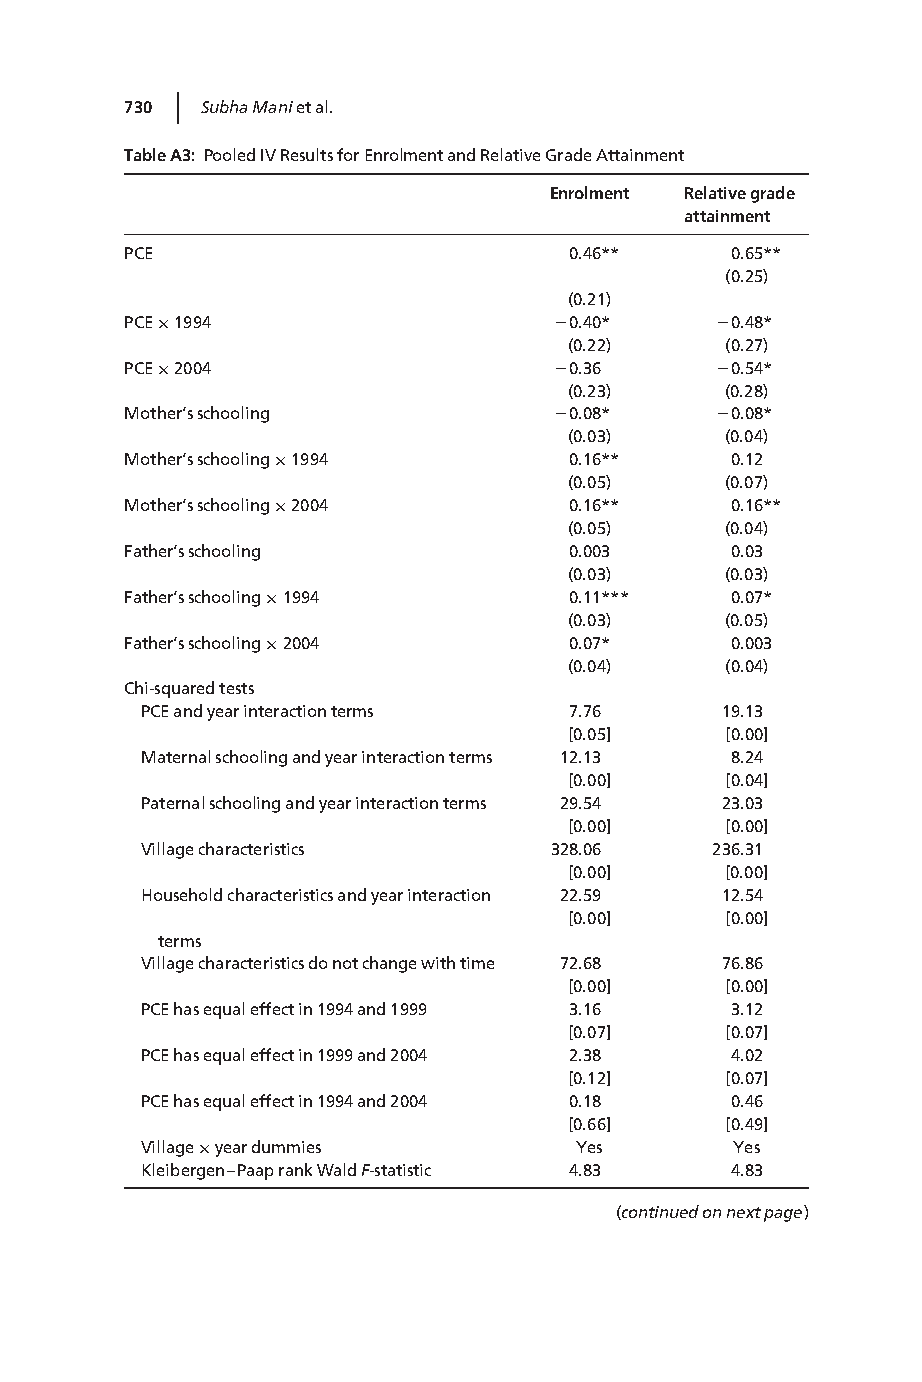
|
 730  SubhaManietal.
 TableA3: PooledIVResultsforEnrolmentandRelativeGradeAttainment
 Enrolment Relativegrade
 attainment
 PCE                           0.46**    0.65**
 (0.25)
 (0.21)
 PCE×1994                     20.40*    20.48*
 (0.22)    (0.27)
 PCE×2004                     20.36     20.54*
 (0.23)    (0.28)
 Mother’sschooling            20.08*    20.08*
 (0.03)    (0.04)
 Mother’sschooling×1994        0.16**    0.12
 (0.05)    (0.07)
 Mother’sschooling×2004        0.16**    0.16**
 (0.05)    (0.04)
 Father’sschooling             0.003     0.03
 (0.03)    (0.03)
 Father’sschooling×1994        0.11***   0.07*
 (0.03)    (0.05)
 Father’sschooling×2004        0.07*     0.003
 (0.04)    (0.04)
 Chi-squaredtests
 PCEandyearinteractionterms   7.76      19.13
 [0.05]    [0.00]
 Maternalschoolingandyearinteractionterms 12.13 8.24
 [0.00]    [0.04]
 Paternalschoolingandyearinteractionterms 29.54 23.03
 [0.00]    [0.00]
 Villagecharacteristics     328.06     236.31
 [0.00]    [0.00]
 Householdcharacteristicsandyearinteraction 22.59 12.54
 [0.00]    [0.00]
 terms
 Villagecharacteristicsdonotchangewithtime 72.68 76.86
 [0.00]    [0.00]
 PCEhasequaleffectin1994and1999 3.16    3.12
 [0.07]    [0.07]
 PCEhasequaleffectin1999and2004 2.38    4.02
 [0.12]    [0.07]
 PCEhasequaleffectin1994and2004 0.18    0.46
 [0.66]    [0.49]
 Village×yeardummies          Yes        Yes
 Kleibergen–PaaprankWaldF-statistic 4.83 4.83
 (continuedonnextpage)